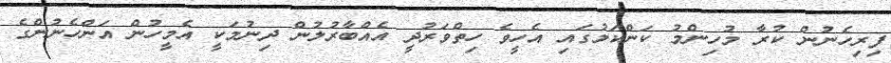
ފިރިހެނުން ކުރާ މުހިންމު ކަންކަމުގައި އެހީވެ ހިތްވަރުދީ އެއްބާރުލުން ދިނުމަކީ އެމީހުން އަންހެނުންގެ